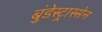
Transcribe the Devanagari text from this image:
बुंडेस्ट्रास्सेन